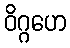
ဝိဂ္ဂဟေ